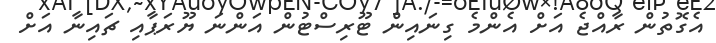
އެގޮތުން ރާއްޖެ އަށް އެންމެ ގިނައިން ޓޫރިސްޓުން އަންނަ ޔޫރަޕާއި ޗައިނާ އަށް